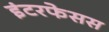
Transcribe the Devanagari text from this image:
इंटरफेसस